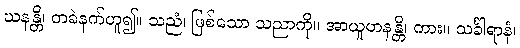
ဃနန္တိ၊ တခဲနက်ဟူ၍။ သညံ၊ ဖြစ်သော သညာကို။ အာယူဟနန္တိ၊ ကား။ သင်္ခါရာနံ၊